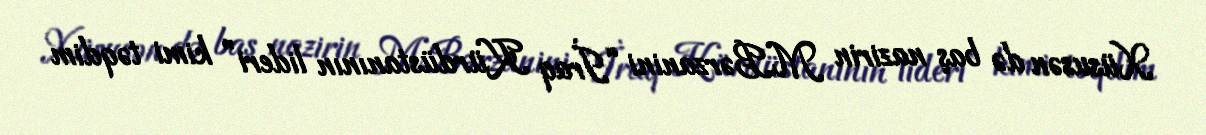
Xüsusən də baş nazirin M.Bərzanini “İraq Kürdüstanının lideri” kimi təqdim